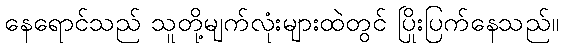
နေရောင်သည် သူတို့မျက်လုံးများထဲတွင် ပြိုးပြက်နေသည်။